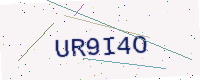
Text: UR9I4O